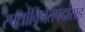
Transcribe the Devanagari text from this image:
स्पर्धाविजेतेपदांसह